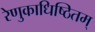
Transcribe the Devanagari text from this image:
रेणुकाधिष्ठितम्‌